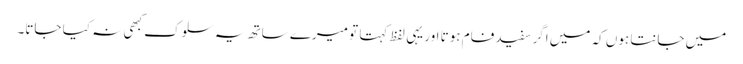
میں جانتا ہوں کہ میں اگر سفید فام ہوتا اور یہی لفظ کہتا تو میرے ساتھ یہ سلوک کبھی نہ کیا جاتا۔